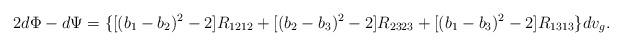
LaTeX: \begin{align*}2d\Phi-d\Psi=\{[(b_1-b_2)^2-2]R_{1212}+[(b_2-b_3)^2-2]R_{2323}+[(b_1-b_3)^2-2]R_{1313}\}dv_g.\end{align*}